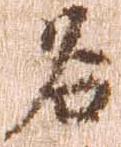
名